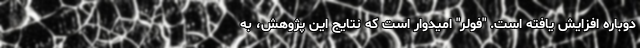
دوباره افزایش یافته است. "فولر" امیدوار است که نتایج این پژوهش، به